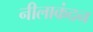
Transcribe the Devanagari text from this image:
नीलाकंदन